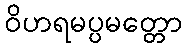
ဝိဟရမပ္ပမတ္တော